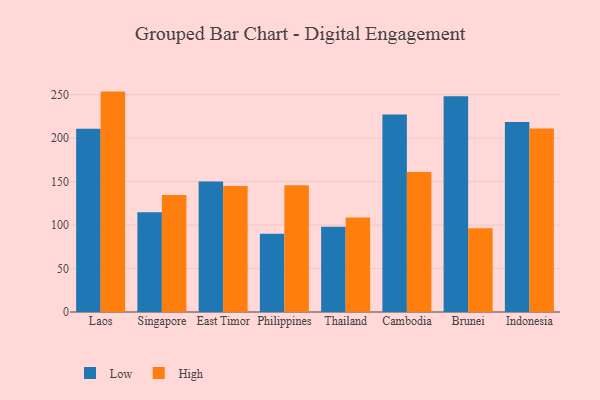
{"axis": {"x": "Country", "y": "LTV (USD)"}, "legend": ["High", "Low"], "data": [{"x": "Laos", "y": 210.8, "type": "Low"}, {"x": "Laos", "y": 253.5, "type": "High"}, {"x": "Singapore", "y": 114.6, "type": "Low"}, {"x": "Singapore", "y": 134.6, "type": "High"}, {"x": "East Timor", "y": 150.2, "type": "Low"}, {"x": "East Timor", "y": 144.8, "type": "High"}, {"x": "Philippines", "y": 89.9, "type": "Low"}, {"x": "Philippines", "y": 145.7, "type": "High"}, {"x": "Thailand", "y": 98.0, "type": "Low"}, {"x": "Thailand", "y": 108.8, "type": "High"}, {"x": "Cambodia", "y": 227.2, "type": "Low"}, {"x": "Cambodia", "y": 161.0, "type": "High"}, {"x": "Brunei", "y": 248.1, "type": "Low"}, {"x": "Brunei", "y": 96.3, "type": "High"}, {"x": "Indonesia", "y": 218.4, "type": "Low"}, {"x": "Indonesia", "y": 211.0, "type": "High"}]}